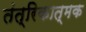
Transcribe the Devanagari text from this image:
तंत्रिकात्मक